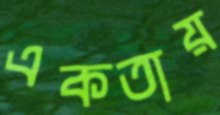
একতায়